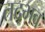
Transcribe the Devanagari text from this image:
तद्‍भव